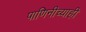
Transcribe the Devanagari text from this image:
पाणिनीच्याही